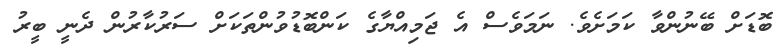
ބޮޑަށް ބޭނުންވާ ކަމަށެވެ. ނަމަވެސް އެ ޖަމިއްޔާގެ ކަންބޮޑުވުންތަކަށް ސަރުކާރުން ދެނީ ބީރު